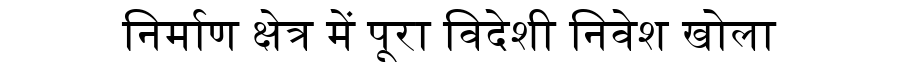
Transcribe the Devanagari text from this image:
निर्माण क्षेत्र में पूरा विदेशी निवेश खोला